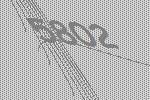
5802